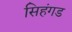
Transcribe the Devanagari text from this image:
सिहंगड